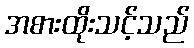
အစားထိုးသင့်သည်